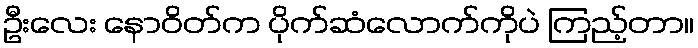
ဦးလေး နောဝိတ်က ပိုက်ဆံလောက်ကိုပဲ ကြည့်တာ။